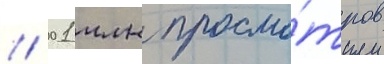
/ 01 млн просмо́тров